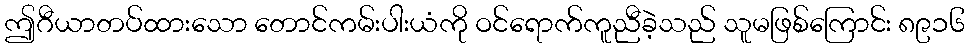
ဤဂီယာတပ်ထားသော တောင်ကမ်းပါးယံကို ဝင်ရောက်ကူညီခဲ့သည် သူမဖြစ်ကြောင်း ၈၉၁၆